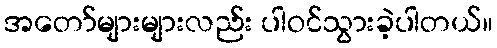
အတော်များများလည်း ပါဝင်သွားခဲ့ပါတယ်။